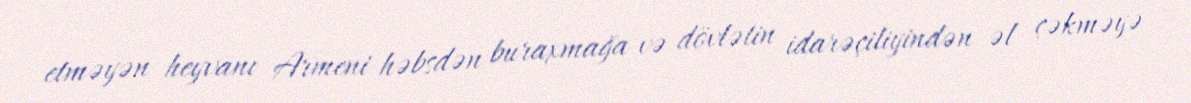
etməyən heyvanı Armeni həbsdən buraxmağa və dövlətin idarəçiliyindən əl çəkməyə